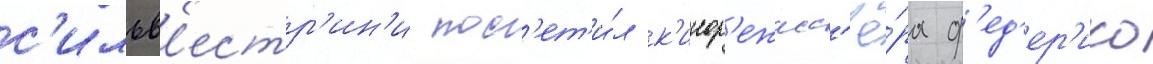
с'ильв'естр'ин'и пос'ет'и́л к'инор'ежисс'ё́ра ф'ед'ер'ико